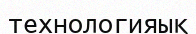
технологияық